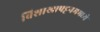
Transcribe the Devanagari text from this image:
विशाखापट्टनममध्ये